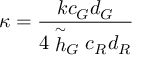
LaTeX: \kappa = \frac { k c _ { G } d _ { G } } { 4 \stackrel { \sim } { h } _ { G } c _ { R } d _ { R } }